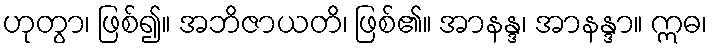
ဟုတွာ၊ ဖြစ်၍။ အဘိဇာယတိ၊ ဖြစ်၏။ အာနန္ဒ၊ အာနန္ဒာ။ ဣဓ၊